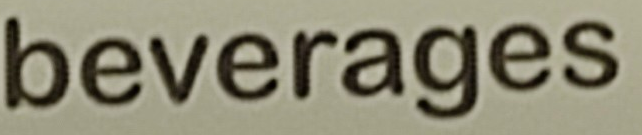
beverages